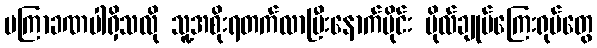
မကြာခဏပါရှိသလို သူ့အစိုးရတက်လာပြီးနောက်ပိုင်း ဗိုလ်ချုပ်ကြေးရုပ်တွေ